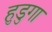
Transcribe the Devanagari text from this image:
हुडुगा